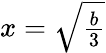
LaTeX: x=\textstyle{\sqrt{\frac{b}{3}}}